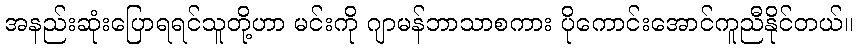
အနည်းဆုံးပြောရရင်သူတို့ဟာ မင်းကို ဂျာမန်ဘာသာစကား ပိုကောင်းအောင်ကူညီနိုင်တယ်။